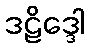
ဒဠိဒ္ဒေါ